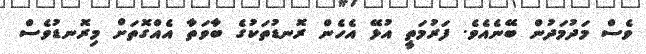
ވެސް މަދުމަދުން ބޭނެއެވެ. ފަރުމަތީ އުޅޭ އެހެން ރޮނޑުތަކުގެ ބާވަތާ އެއްގޮތަށް މިރޮނޑުވެސް